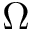
\Omega